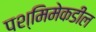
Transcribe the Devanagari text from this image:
पश्मिमेकडील